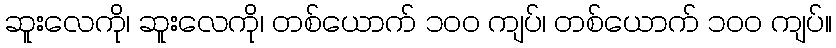
ဆူးလေကို၊ ဆူးလေကို၊ တစ်ယောက် ၁၀၀ ကျပ်၊ တစ်ယောက် ၁၀၀ ကျပ်။